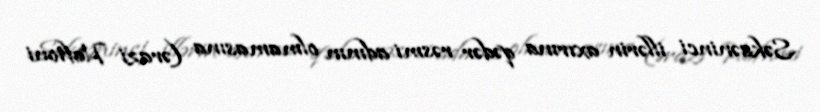
Səksəninci illərin axırına qədər rəsmi adının olmamasına (ərazi Haftoni